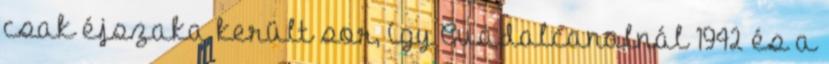
csak éjszaka került sor, így Guadalcanalnál 1942 és a